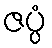
ဇပ္ပံ